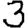
Digit: 3